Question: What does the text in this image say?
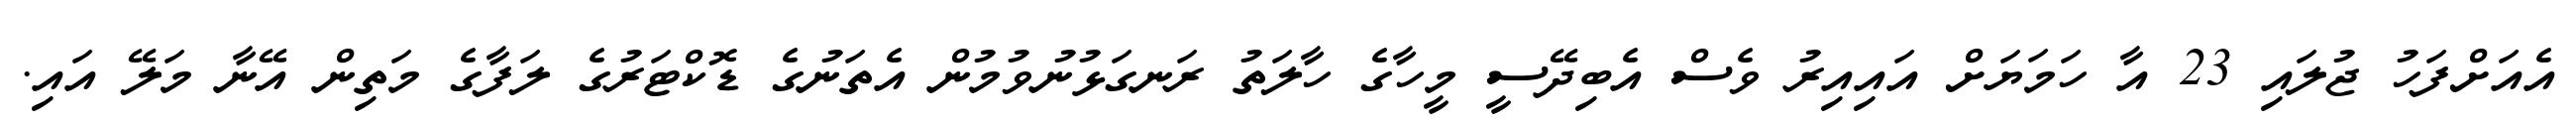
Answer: އެއަށްފަހު ޖުލައި 23 އާ ހަމަޔަށް އައިއިރު ވެސް އެބިދޭސީ މީހާގެ ހާލަތު ރަނގަޅުނުވުމުން އެތަނުގެ ޑޮކްޓަރުގެ ލަފާގެ މަތިން އޭނާ މަލޭ އައި.